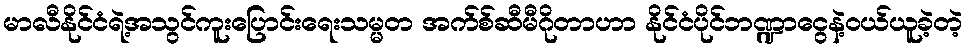
မာလီနိုင်ငံရဲ့အသွင်ကူးပြောင်းရေးသမ္မတ အက်စ်ဆီမီဂိုတာဟာ နိုင်ငံပိုင်ဘဏ္ဍာငွေနဲ့ဝယ်ယူခဲ့တဲ့